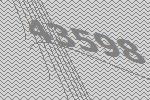
43598